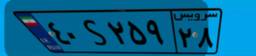
۹۶S۴۰۲۸۳